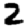
Digit: 2